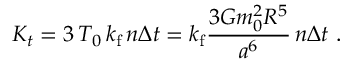
{ \cal K } _ { t } = 3 \, { \cal T } _ { 0 } \, k _ { \mathrm { f } } \, n \Delta t = k _ { \mathrm { f } } \frac { 3 { \cal G } m _ { 0 } ^ { 2 } R ^ { 5 } } { a ^ { 6 } } \, n \Delta t \ .